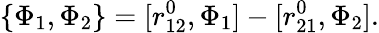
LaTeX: \{ \Phi_{1},\Phi_{2}\} =[r_{12}^{0},\Phi_{1}]-[r_{21}^{0},\Phi_{2}].